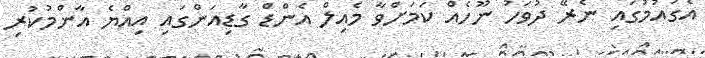
އެގައުމުގައި ނެރޭ ދުވަހު ނޫހެއް ކަމަށްވާ މެއިލް އެންޑް ގާޑިއަންގައި އިއްޔެ އާންމުކުރި